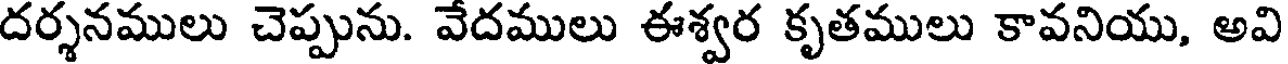
దర్శనములు చెప్పును. వేదములు ఈశ్వర కృతములు కావనియు, అవి